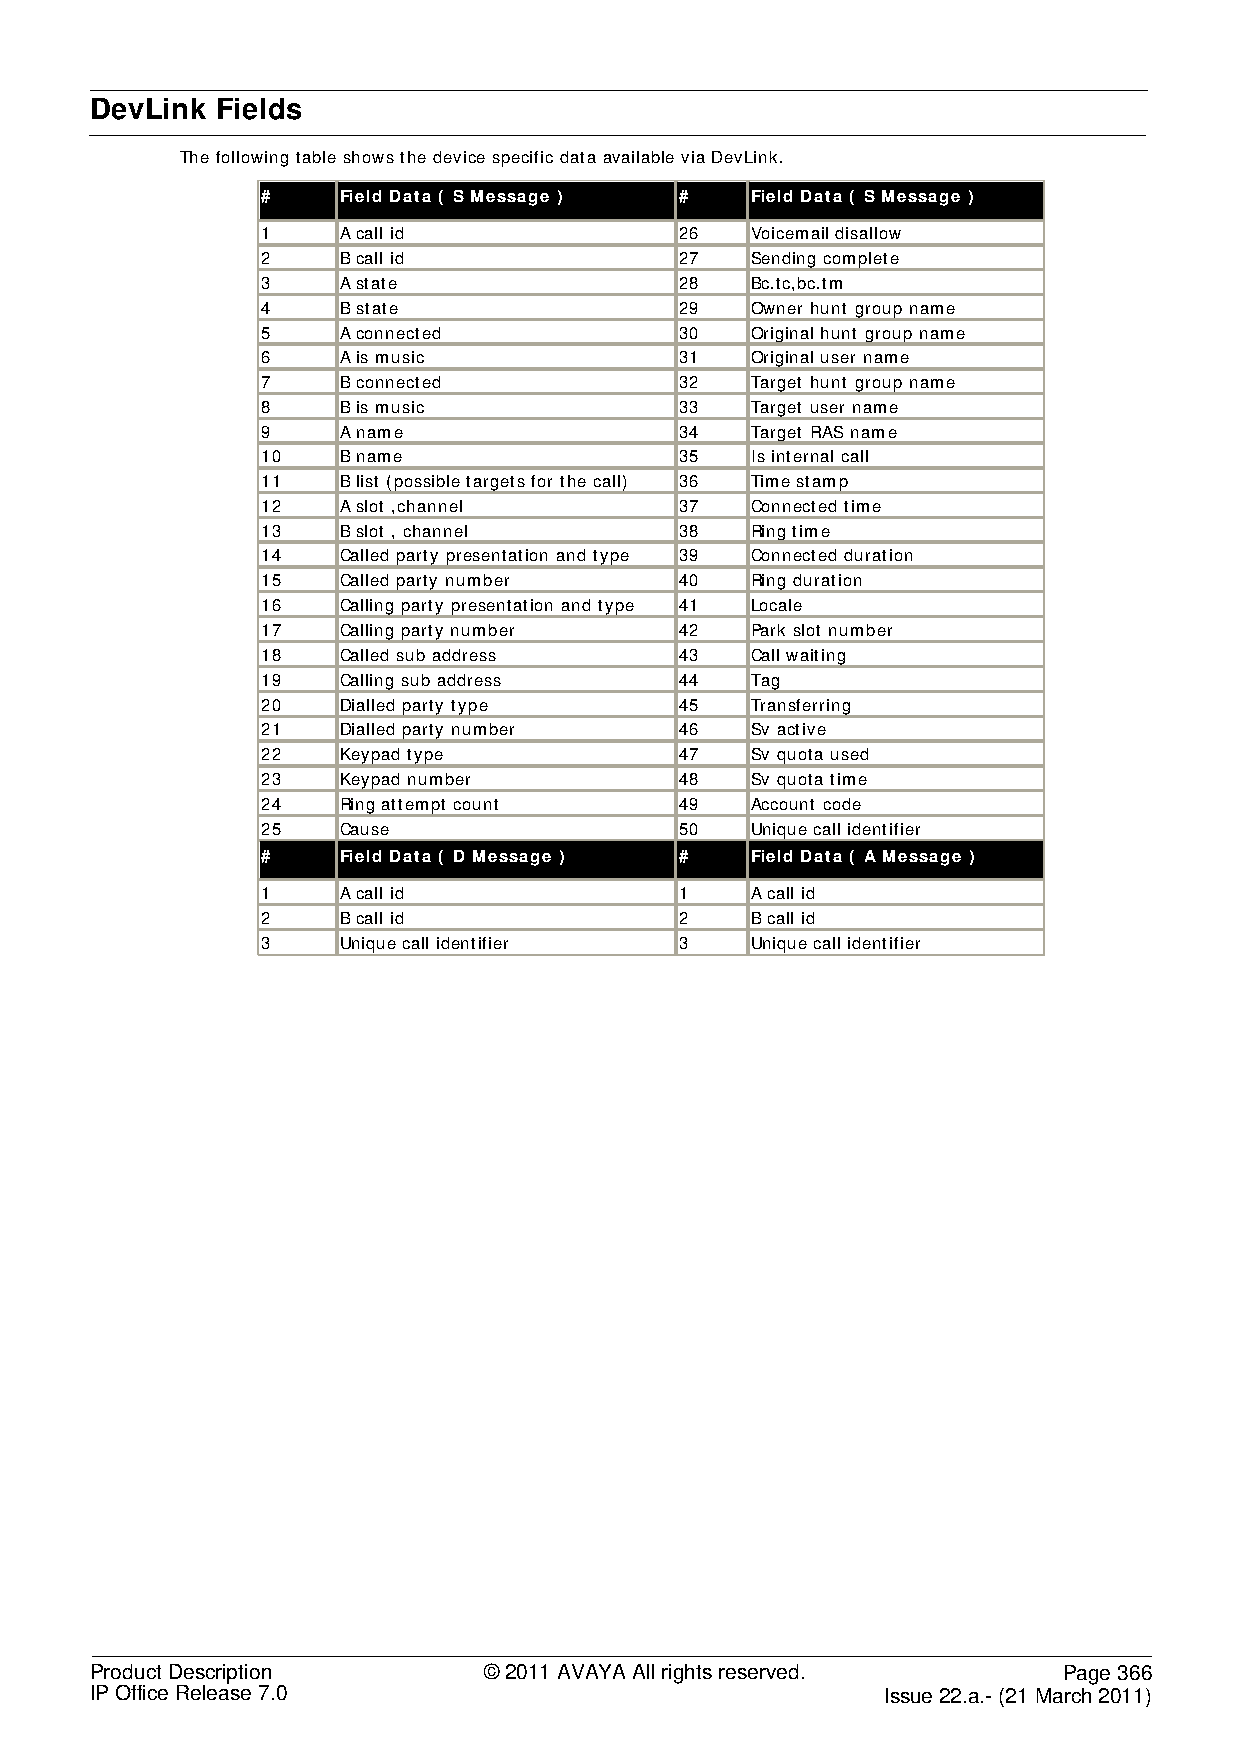
DevLink Fields
 The following table shows the device specific data available via DevLink.
 #    Field Data ( S Message ) #  Field Data ( S Message )
 1    A call id              26   Voicemail disallow
 2    B call id              27   Sending complete
 3    A state                28   Bc.tc,bc.tm
 4    B state                29   Owner hunt group name
 5    A connected            30   Original hunt group name
 6    A is music             31   Original user name
 7    B connected            32   Target hunt group name
 8    B is music             33   Target user name
 9    A name                 34   Target RAS name
 10   B name                 35   Is internal call
 11   B list (possible targets for the call) 36 Time stamp
 12   A slot ,channel        37   Connected time
 13   B slot , channel       38   Ring time
 14   Called party presentation and type 39 Connected duration
 15   Called party number    40   Ring duration
 16   Calling party presentation and type 41 Locale
 17   Calling party number   42   Park slot number
 18   Called sub address     43   Call waiting
 19   Calling sub address    44   Tag
 20   Dialled party type     45   Transferring
 21   Dialled party number   46   Sv active
 22   Keypad type            47   Sv quota used
 23   Keypad number          48   Sv quota time
 24   Ring attempt count     49   Account code
 25   Cause                  50   Unique call identifier
 #    Field Data ( D Message ) #  Field Data ( A Message )
 1    A call id              1    A call id
 2    B call id              2    B call id
 3    Unique call identifier 3    Unique call identifier
 Product Description       © 2011 AVAYA All rights reserved.     Page 366
 IP Office Release 7.0                                Issue 22.a.- (21 March 2011)